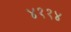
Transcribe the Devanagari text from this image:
४११४